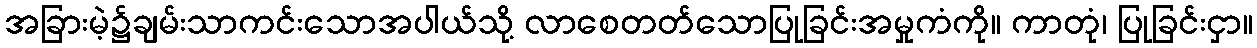
အခြားမဲ့၌ချမ်းသာကင်းသောအပါယ်သို့ လာစေတတ်သောပြုခြင်းအမှုကံကို။ ကာတုံ၊ ပြုခြင်းငှာ။